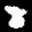
Label: 8